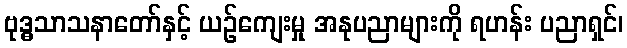
ဗုဒ္ဓသာသနာတော်နှင့် ယဉ်ကျေးမှု အနုပညာများကို ရဟန်း ပညာရှင်၊